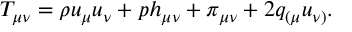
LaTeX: T _ { \mu \nu } = \rho u _ { \mu } u _ { \nu } + p h _ { \mu \nu } + \pi _ { \mu \nu } + 2 q _ { ( \mu } u _ { \nu ) } .